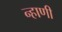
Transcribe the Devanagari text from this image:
न्हाणी